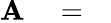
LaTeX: {\cal\mathbf{A}}\quad=\quad